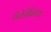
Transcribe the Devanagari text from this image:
थॅलॅसेमिया